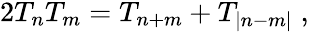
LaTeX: \begin{array}{r}{2T_{n}T_{m}=T_{n+m}+T_{|n-m|}\; ,}\end{array}